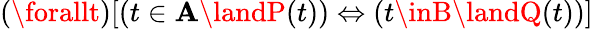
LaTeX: (\forallt)[(t\in\mathbf{A}\landP(t))\Leftrightarrow(t\inB\landQ(t))]